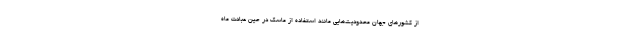
از کشورهای جهان محدودیت‌هایی مانند استفاده از ماسک در حین عبادت ماه